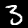
Label: 3